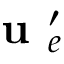
\textbf { u } _ { e } ^ { \prime }